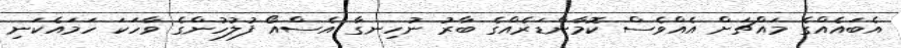
އެބައެއްގެ މައްޗަށް އެއްވެސް ކޮމާންޑަރެއްގެ ބާރު ނުހިނގާ އެސްއޯ ފުލުހުންގެ ވާހަކަ ހަމައެކަނި